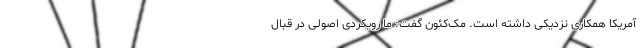
آمریکا همکاری نزدیکی داشته است. مک‌کئون گفت: ما رویکردی اصولی در قبال